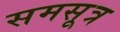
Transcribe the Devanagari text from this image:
समसूत्र